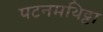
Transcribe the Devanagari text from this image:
पटनमथिट्टा